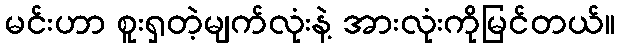
မင်းဟာ စူးရှတဲ့မျက်လုံးနဲ့ အားလုံးကိုမြင်တယ်။